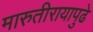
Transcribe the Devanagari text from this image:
मारुतीरायापुढे